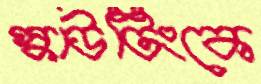
স্কাউটিংকে